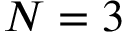
N = 3